Sanitation, dispensaries and jails vaccination Rajputana 1922-1927 - 1922-1927
Year: 1922
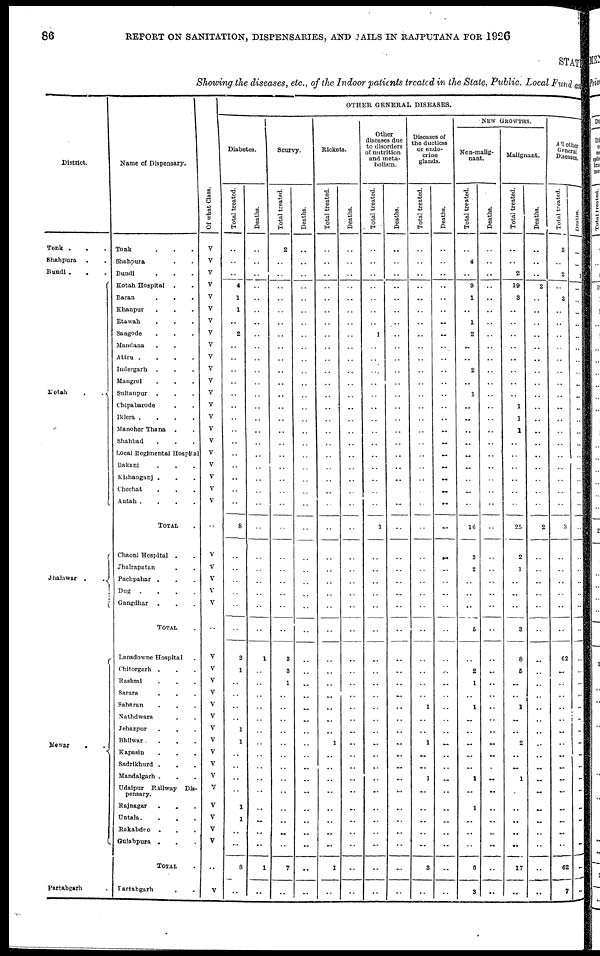
86
REPORT ON SANITATION, DISPENSARIES, AND JAILS IN RAJPUTANA FOR 1926
STATE
Showing the diseases, etc., of the Indoor patients treated in the State, Public. Local Fund and
District.
Tonk ...
Shahpura ..
Bundi ...
Kotah
..
Jhalawar
..
Mewar
..
Partabgarh .
Name of Dispensary.
Tonk ...
Shahpura ..
Bundi ...
Kotah Hospital ..
Baran ...
Khanpur ...
Etawah ...
Sangode ...
Mandana ...
Attru
....
Indergarh ...
Mangrol ...
Sultanpur ...
Chipabarode ..
Iklera
....
Manoher Thana ..
Shahbad ...
Local Regimental Hospital
Bakani ...
Kishanganj ...
Chechat ...
Antah
....
TOTAL .
Chaoni Hospital ..
Jhalrapatan ..
Pachpahar ...
Dug
....
Gangdhar ...
TOTAL .
Lansdowne Hospital .
Chitorgarh ...
Rashmi ...
Sarara ...
Saharan
...
Nathdwara ..
Jehazpur ...
Bhilwar ...
Kapasin ...
Sadrikhurd ...
Mandalgarh ...
Udaipur Railway Dis-
pensary.
Rajnagar
...
Untala....
Rakabdeo ...
Gulabpura ...
TOTAL .
Partabgarh ..
Of what Class.
V
V
V
V
V
V
V
V
V
V
V
V
V
V
V
V
V
V
V
V
V
V
..
V
V
V
V
V
..
V
V
V
V
V
V
V
V
V
V
V
V
V
V
V
V
..
V
OTHER GENERAL DISEASES.
Diabetes.
Total treated.
..
..
..
4
1
1
..
2
..
..
..
..
..
..
..
..
..
..
..
..
..
..
8
..
..
..
..
..
..
3
1
..
..
..
..
1
1
..
..
..
..
1
1
..
..
8
..
Deaths.
..
..
..
..
..
..
..
..
..
..
..
..
..
..
..
..
..
..
..
..
..
..
..
..
..
..
..
..
..
1
..
..
..
..
..
..
..
..
..
..
..
..
..
..
..
1
..
Scurvy.
Total treated.
2
..
..
..
..
..
..
..
..
..
..
..
..
..
..
..
..
..
..
..
..
..
..
..
..
..
..
..
..
3
3
1
..
..
..
..
..
..
..
..
..
..
..
..
..
7
..
Deaths.
..
..
..
..
..
..
..
..
..
..
..
..
..
..
..
..
..
..
..
..
..
..
..
..
..
..
..
..
..
..
..
..
..
..
..
..
..
..
..
..
..
..
..
..
..
..
..
Rickets.
Total treated.
..
..
..
..
..
..
..
..
..
..
..
..
..
..
..
..
..
..
..
..
..
..
..
..
..
..
..
..
..
..
..
..
..
..
..
..
1
..
..
..
..
..
..
..
..
1
..
Deaths.
..
..
..
..
..
..
..
..
..
..
..
..
..
..
..
..
..
..
..
..
..
..
..
..
..
..
..
..
..
..
..
..
..
..
..
..
..
..
..
..
..
..
..
..
..
..
..
Other
diseases due
to disorders
of nutrition
and meta-
bolism.
Total treated.
..
..
..
..
..
..
..
1
..
..
..
..
..
..
..
..
..
..
..
..
..
..
1
..
..
..
..
..
..
..
..
..
..
..
..
..
..
..
..
..
..
..
..
..
..
..
..
Deaths.
..
..
..
..
..
..
..
..
..
..
..
..
..
..
..
..
..
..
..
..
..
..
..
..
..
..
..
..
..
..
..
..
..
..
..
..
..
..
..
..
..
..
..
..
..
..
..
Diseases of
the ductless
or endo-
crine
glands.
Total treated.
..
..
..
..
..
..
..
..
..
..
..
..
..
..
..
..
..
..
..
..
..
..
..
..
..
..
..
..
..
..
..
..
..
1
..
..
1
..
..
1
..
..
..
..
..
3
..
Deaths.
..
..
..
....
..
..
..
..
..
..
..
..
..
..
..
..
..
..
..
..
..
..
..
..
..
..
..
..
..
..
..
..
..
..
..
..
..
..
..
..
..
..
..
..
..
..
..
NEW GROWTHS.
Non-malig-
nant.
Total treated.
..
4
..
9
1
..
1
2
..
..
2
..
1
..
..
..
..
..
..
..
..
..
16
3
2
..
..
..
5
..
2
1
..
1
..
..
..
..
..
1
..
1
..
..
..
6
3
Deaths.
..
..
..
..
..
..
..
..
..
..
..
..
..
..
..
..
..
..
..
..
..
..
..
..
..
..
..
..
..
..
..
..
..
..
..
..
..
..
..
..
..
..
..
..
..
..
..
Malignant.
Total treated.
..
..
2
19
3
..
..
..
..
..
..
..
..
1
1
1
..
..
..
..
..
..
25
2
1
..
..
..
3
8
5
..
..
1
..
..
2
..
..
1
..
..
..
..
..
17
..
Deaths.
..
..
..
2
..
..
..
..
..
..
..
..
..
..
..
..
..
..
..
..
..
..
2
..
..
..
..
..
..
..
..
..
..
..
..
..
..
..
..
..
..
..
..
..
..
..
..
All other
General
Diseases.
Total treated.
3
..
2
..
3
..
..
..
..
..
..
..
..
..
..
..
..
..
..
..
..
..
3
..
..
..
..
..
..
62
..
..
..
..
..
..
..
..
..
..
..
..
..
..
..
62
7
Deathes.
..
..
1
..
..
..
..
..
..
..
..
..
..
..
..
..
..
..
..
..
..
..
..
..
..
..
..
..
..
..
..
..
..
..
..
..
..
..
..
..
..
..
..
..
..
..
..